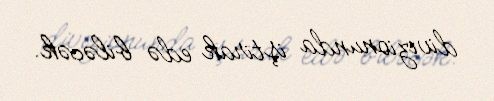
divizionunda iştirak edə biləcək.